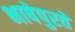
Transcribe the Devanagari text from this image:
भाषेपुरते